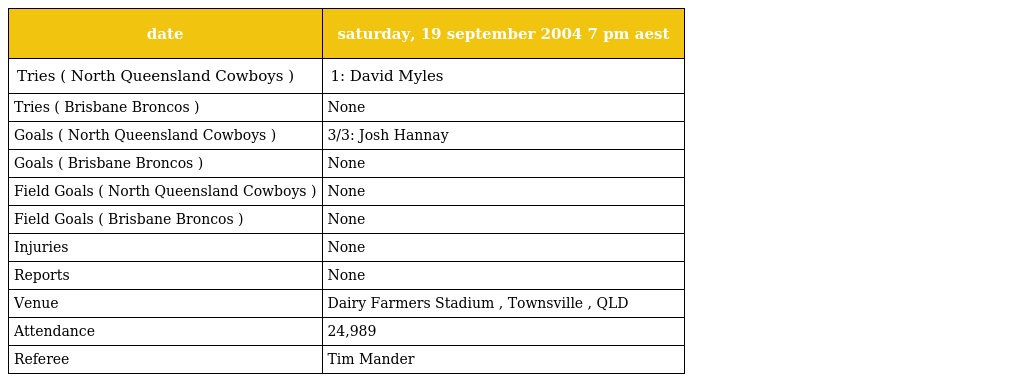
| date | saturday, 19 september 2004 7 pm aest |
 | --- | --- |
 | Tries ( North Queensland Cowboys ) | 1: David Myles |
 | Tries ( Brisbane Broncos ) | None |
 | Goals ( North Queensland Cowboys ) | 3/3: Josh Hannay |
 | Goals ( Brisbane Broncos ) | None |
 | Field Goals ( North Queensland Cowboys ) | None |
 | Field Goals ( Brisbane Broncos ) | None |
 | Injuries | None |
 | Reports | None |
 | Venue | Dairy Farmers Stadium , Townsville , QLD |
 | Attendance | 24,989 |
 | Referee | Tim Mander |